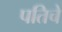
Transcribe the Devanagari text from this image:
पतिचे